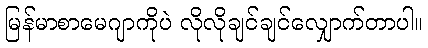
မြန်မာစာမေဂျာကိုပဲ လိုလိုချင်ချင်လျှောက်တာပါ။